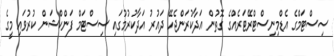
ސިސްޓަމްގެ އެޑްމިނިސްޓްރޭޓަރެއްގެ ގޮތުން އަދާކުރަންޖެހޭ ދައުރު އަދާކުރުމުގައި ސިސްޓަމް ފަންކްޝަން ކުރުވައި މީގެ